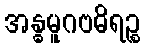
အန္ဓမူဂဗဓိရဉ္စ